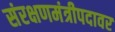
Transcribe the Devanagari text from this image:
संरक्षणमंत्रीपदावर